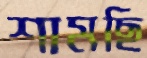
শামছি